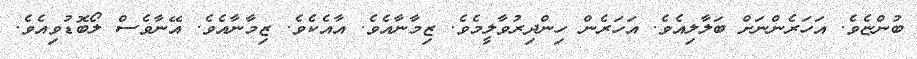
ބުންޏެވެ. އަހަރެންނަށް ބަލާލިއެވެ. އަހަރެން ހިންދިރުވާލީމެވެ. ޒިމާނާއެވެ. އާއެކެވެ. ޒިމާނާއެވެ. އޭނާވެސް ލޯބޮޑުވިއެވެ.